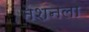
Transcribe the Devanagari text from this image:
नेशनला